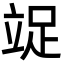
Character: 䇍